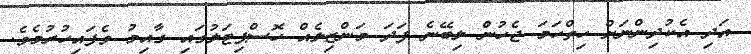
އަދި އެކުދިންނަށް ހިތްހަމަ ޖެހުން ލިބޭނެ ފަދަ މަންޒިލެއް ހޮސްޕިޓަލުގައި ގާއިމު ވެފައިހުރުމެވެ.